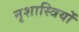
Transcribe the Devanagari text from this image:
नृशास्त्रियों